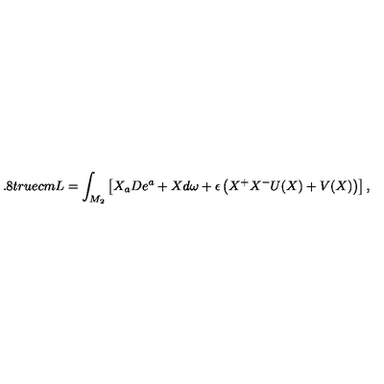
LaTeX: \hspace * { - 0 . 8 t r u e c m } L = \int _ { M _ { 2 } } \left[ X _ { a } D e ^ { a } + X d \omega + \epsilon \left( X ^ { + } X ^ { - } U ( X ) + V ( X ) \right) \right] ,